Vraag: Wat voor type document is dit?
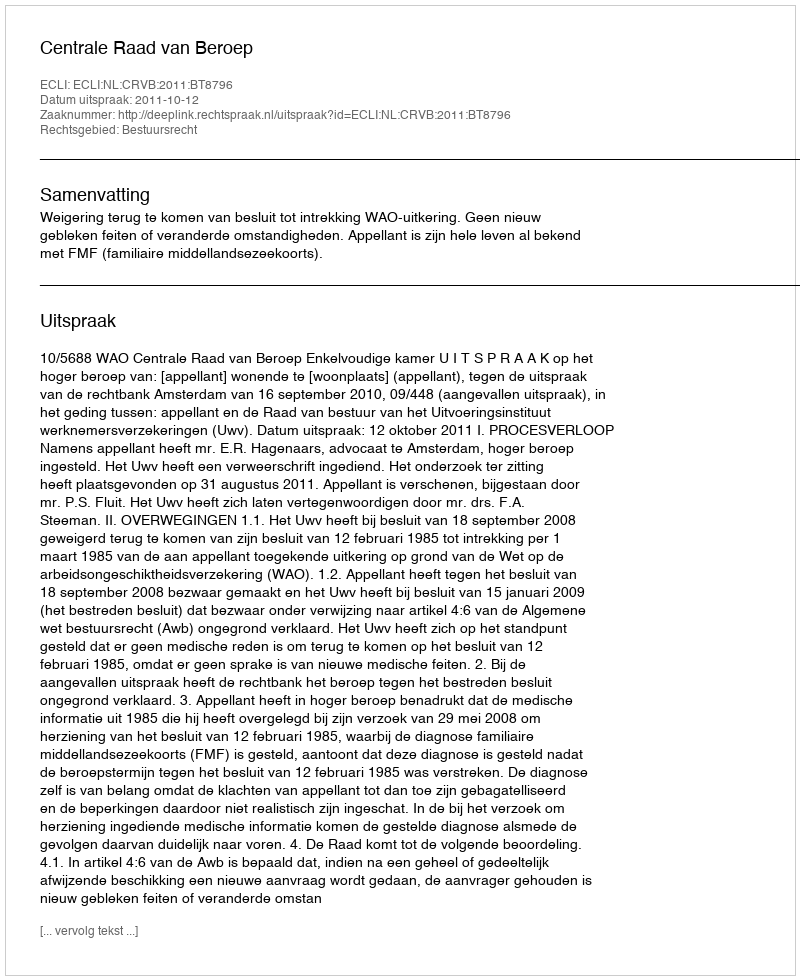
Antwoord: Uitspraak